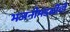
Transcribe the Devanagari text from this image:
भजनीमंडळींची